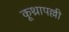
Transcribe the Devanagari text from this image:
कूथ्रापल्ली